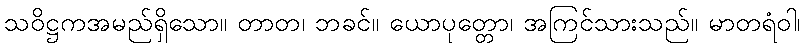
သဝိဋ္ဌကအမည်ရှိသော။ တာတ၊ ဘခင်။ ယောပုတ္တော၊ အကြင်သားသည်။ မာတရံဝါ၊